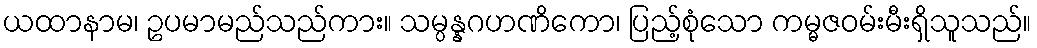
ယထာနာမ၊ ဥပမာမည်သည်ကား။ သမ္ပန္နဂဟဏိကော၊ ပြည့်စုံသော ကမ္မဇဝမ်းမီးရှိသူသည်။